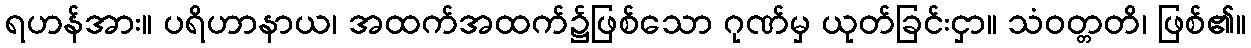
ရဟန်အား။ ပရိဟာနာယ၊ အထက်အထက်၌ဖြစ်သော ဂုဏ်မှ ယုတ်ခြင်းငှာ။ သံဝတ္တတိ၊ ဖြစ်၏။